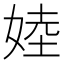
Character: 㛬